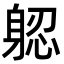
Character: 躵